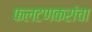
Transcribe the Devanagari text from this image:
फलटणकरांचा